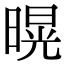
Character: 𭧌